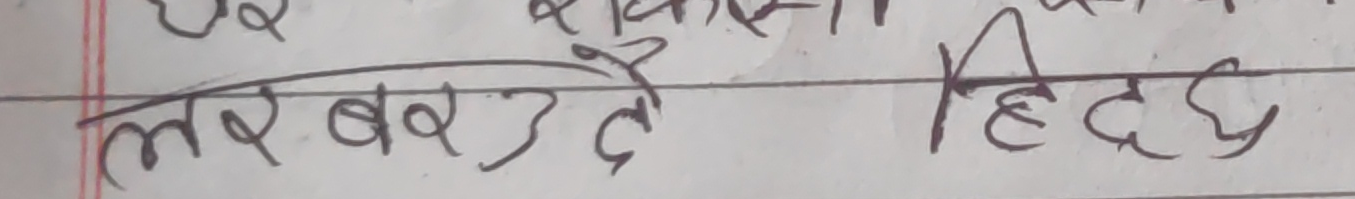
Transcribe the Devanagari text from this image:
लर बरउदै हिटदछ